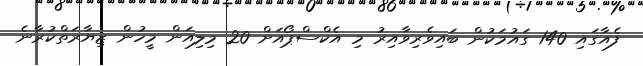
ފެއާގައި 140 ގައުމަކުން ބައިވެރިވާއިރު މި އެކްސްޕޯއަށް 20 މިލިއަން މީހުން ޒިޔާރަތްކުރާނެ